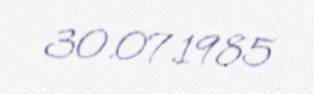
30.07.1985